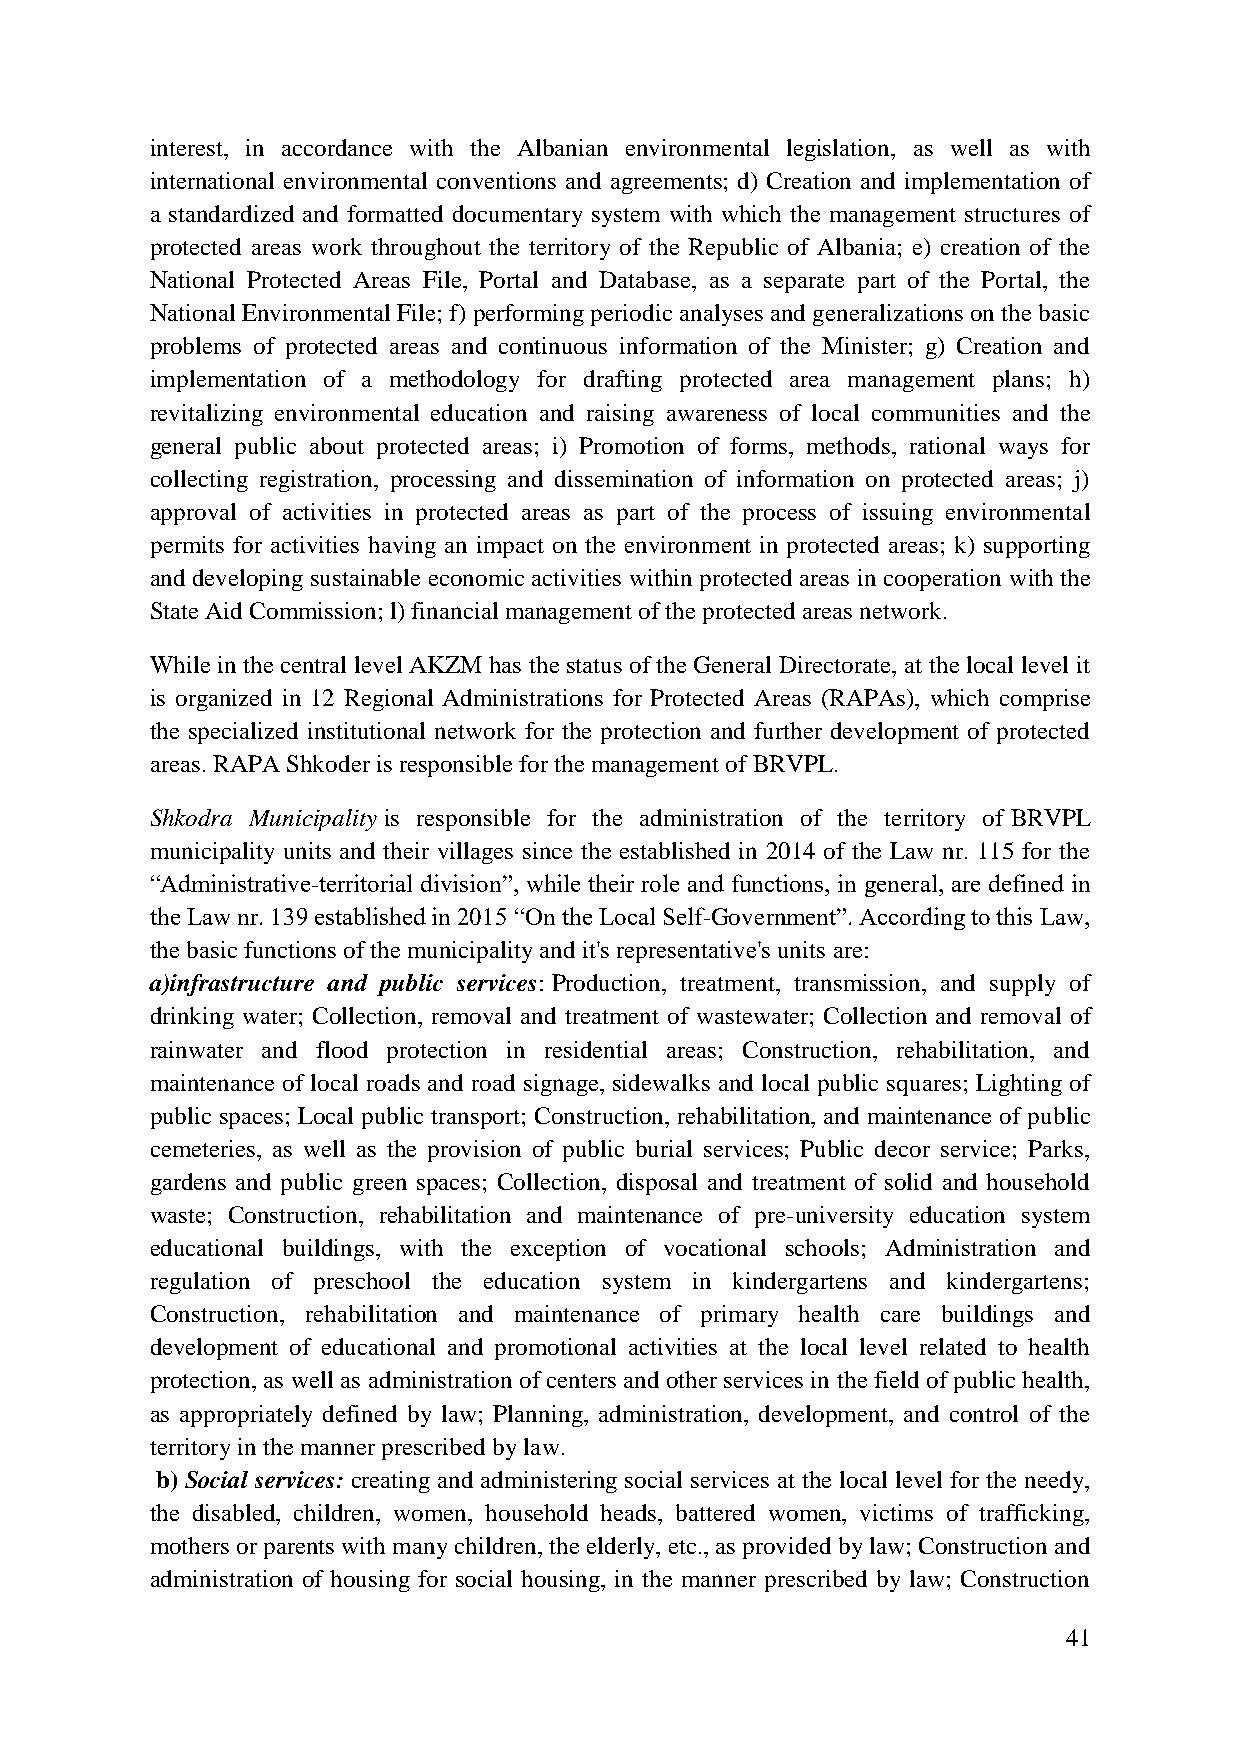
interest, in accordance with the Albanian environmental legislation, as well as with
 international environmental conventions and agreements; d) Creation and implementation of
 a standardized and formatted documentary system with which the management structures of
 protected areas work throughout the territory of the Republic of Albania; e) creation of the
 National Protected Areas File, Portal and Database, as a separate part of the Portal, the
 National Environmental File; f) performing periodic analyses and generalizations on the basic
 problems of protected areas and continuous information of the Minister; g) Creation and
 implementation of a methodology for drafting protected area management plans; h)
 revitalizing environmental education and raising awareness of local communities and the
 general public about protected areas; i) Promotion of forms, methods, rational ways for
 collecting registration, processing and dissemination of information on protected areas; j)
 approval of activities in protected areas as part of the process of issuing environmental
 permits for activities having an impact on the environment in protected areas; k) supporting
 and developing sustainable economic activities within protected areas in cooperation with the
 State Aid Commission; l) financial management of the protected areas network.
 While in the central level AKZM has the status of the General Directorate, at the local level it
 is organized in 12 Regional Administrations for Protected Areas (RAPAs), which comprise
 the specialized institutional network for the protection and further development of protected
 areas. RAPA Shkoder is responsible for the management of BRVPL.
 Shkodra Municipality is responsible for the administration of the territory of BRVPL
 municipality units and their villages since the established in 2014 of the Law nr. 115 for the
 “Administrative-territorial division”, while their role and functions, in general, are defined in
 the Law nr. 139 established in 2015 “On the Local Self-Government”. According to this Law,
 the basic functions of the municipality and it's representative's units are:
 a)infrastructure and public services: Production, treatment, transmission, and supply of
 drinking water; Collection, removal and treatment of wastewater; Collection and removal of
 rainwater and flood protection in residential areas; Construction, rehabilitation, and
 maintenance of local roads and road signage, sidewalks and local public squares; Lighting of
 public spaces; Local public transport; Construction, rehabilitation, and maintenance of public
 cemeteries, as well as the provision of public burial services; Public decor service; Parks,
 gardens and public green spaces; Collection, disposal and treatment of solid and household
 waste; Construction, rehabilitation and maintenance of pre-university education system
 educational buildings, with the exception of vocational schools; Administration and
 regulation of preschool the education system in kindergartens and kindergartens;
 Construction, rehabilitation and maintenance of primary health care buildings and
 development of educational and promotional activities at the local level related to health
 protection, as well as administration of centers and other services in the field of public health,
 as appropriately defined by law; Planning, administration, development, and control of the
 territory in the manner prescribed by law.
 b) Social services: creating and administering social services at the local level for the needy,
 the disabled, children, women, household heads, battered women, victims of trafficking,
 mothers or parents with many children, the elderly, etc., as provided by law; Construction and
 administration of housing for social housing, in the manner prescribed by law; Construction
 41